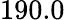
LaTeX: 190.0